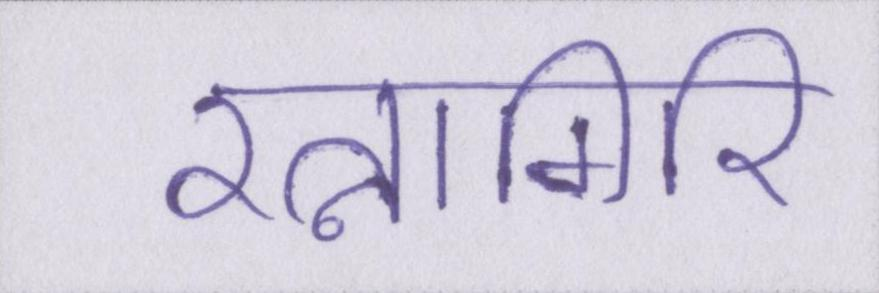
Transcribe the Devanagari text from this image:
रत्नागिरि